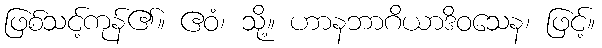
ဖြစ်သင့်ကုန်၏။ ဧဝံ၊ သို့။ ဟာနဘာဂိယာဒိဝသေန၊ ဖြင့်။